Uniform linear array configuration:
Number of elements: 64
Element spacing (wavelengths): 0.25
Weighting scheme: blackman
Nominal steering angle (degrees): -15
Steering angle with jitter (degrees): -13.965
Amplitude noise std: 0.05
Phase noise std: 0.05

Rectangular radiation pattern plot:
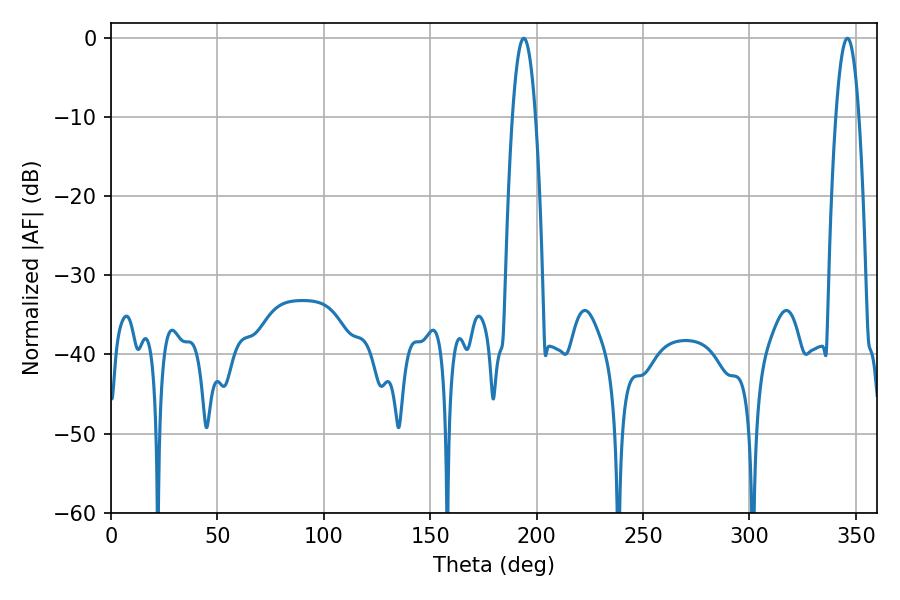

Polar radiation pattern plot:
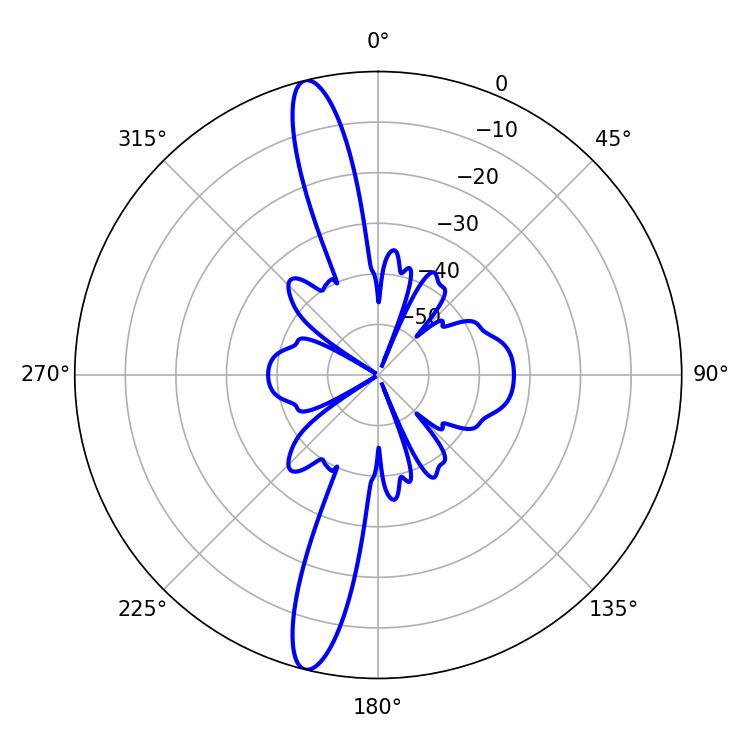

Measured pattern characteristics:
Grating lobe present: FALSE
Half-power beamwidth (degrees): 5.94
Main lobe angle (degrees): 194.04